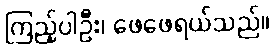
ကြည့်ပါဦး၊ ဖေဖေရယ်သည်။